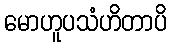
မောဟူပသံဟိတာပိ